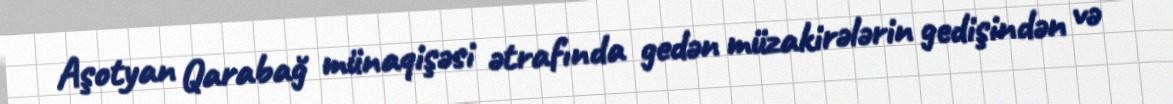
Aşotyan Qarabağ münaqişəsi ətrafında gedən müzakirələrin gedişindən və